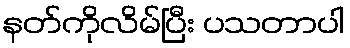
နတ်ကိုလိမ်ပြီး ပသတာပါ